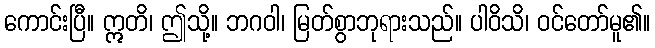
ကောင်းပြီ။ ဣတိ၊ ဤသို့။ ဘဂဝါ၊ မြတ်စွာဘုရားသည်။ ပါဝိသိ၊ ဝင်တော်မူ၏။